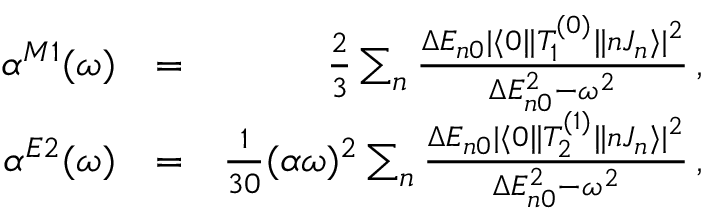
\begin{array} { r l r } { \alpha ^ { M 1 } ( \omega ) } & { = } & { \frac { 2 } { 3 } \sum _ { n } \frac { \Delta E _ { n 0 } | \langle 0 \| T _ { 1 } ^ { ( 0 ) } \| n J _ { n } \rangle | ^ { 2 } } { \Delta E _ { n 0 } ^ { 2 } - \omega ^ { 2 } } \, , } \\ { \alpha ^ { E 2 } ( \omega ) } & { = } & { \frac { 1 } { 3 0 } ( \alpha \omega ) ^ { 2 } \sum _ { n } \frac { \Delta E _ { n 0 } | \langle 0 \| T _ { 2 } ^ { ( 1 ) } \| n J _ { n } \rangle | ^ { 2 } } { \Delta E _ { n 0 } ^ { 2 } - \omega ^ { 2 } } \, , } \end{array}